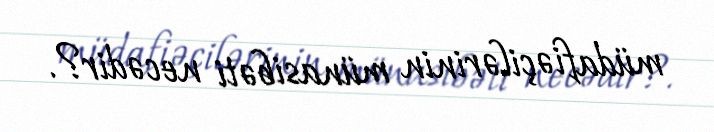
müdafiəçilərinin münasibəti necədir?.